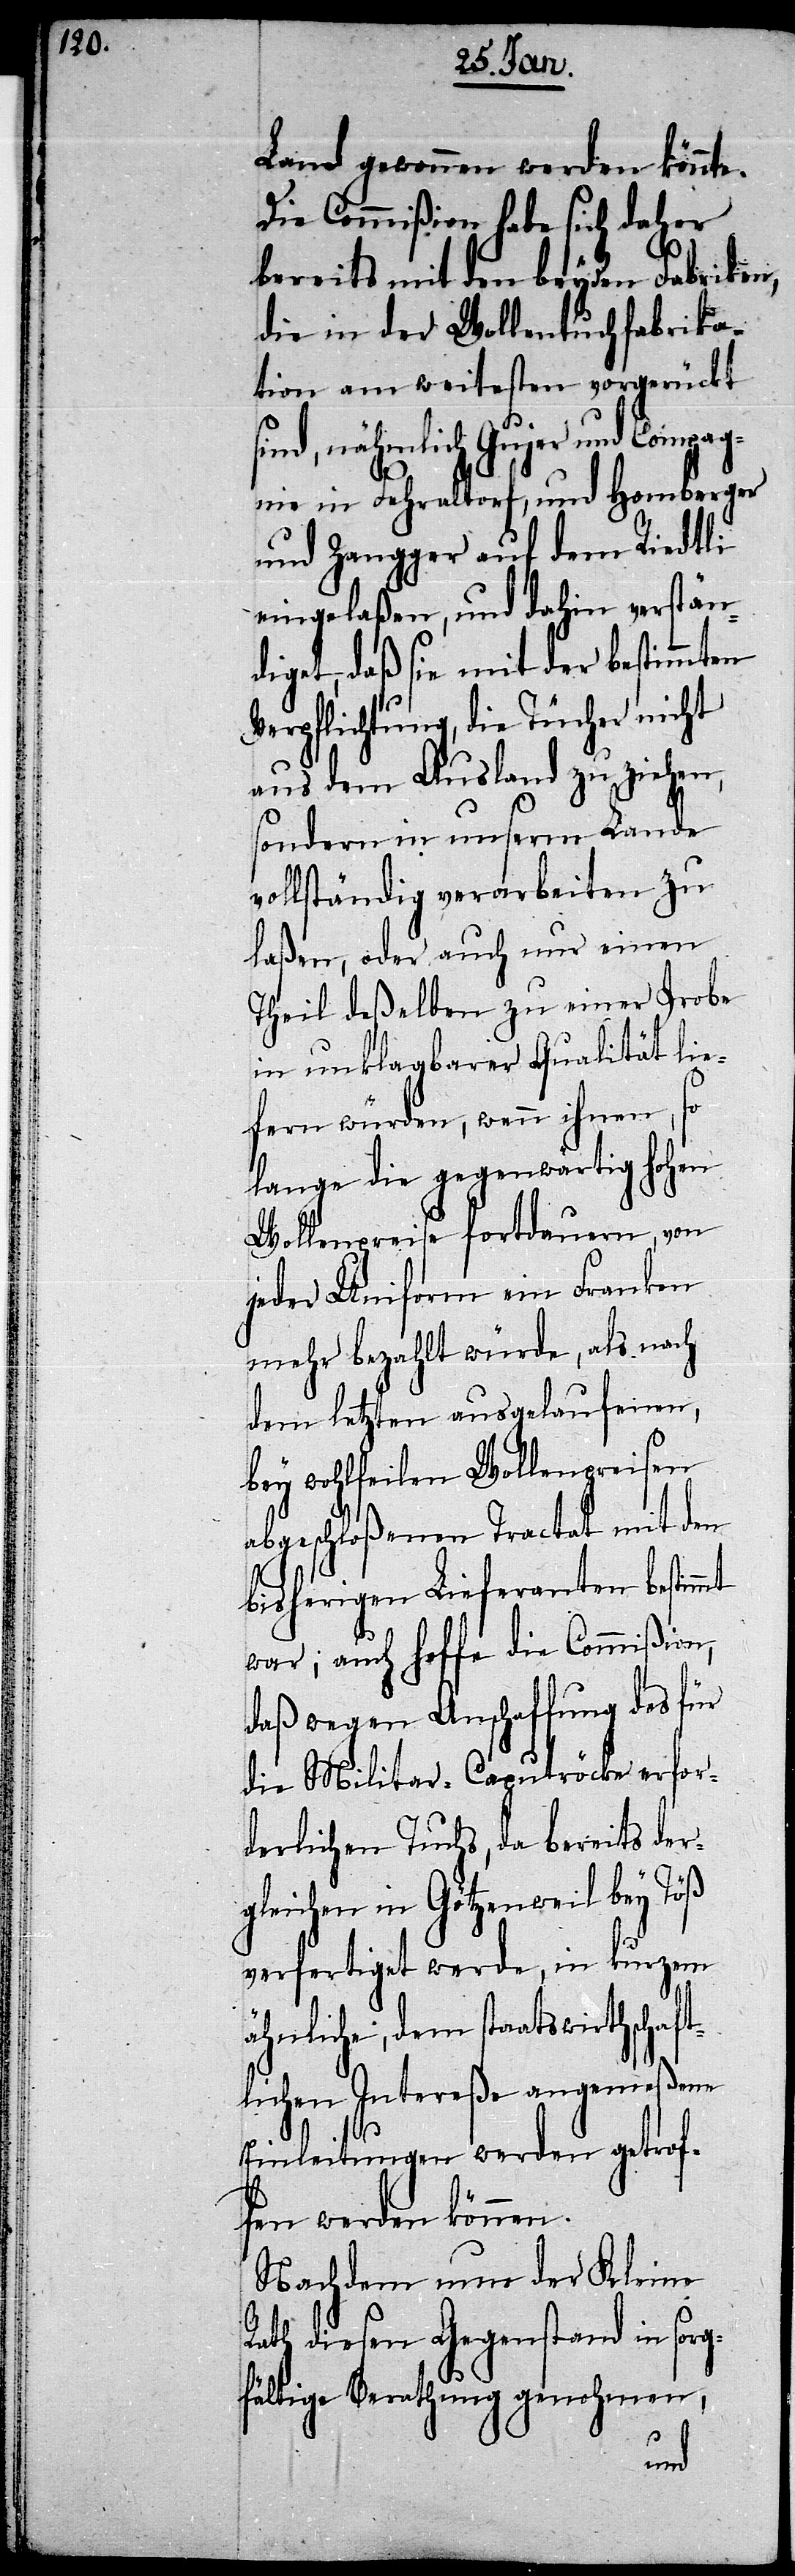
Land gewonnen werden könnte.
Die Commißion habe sich daher
bereits mit den beyden Fabriken,
die in der Wollentuchfabrika¬
tion am weitesten vorgerückt
sind, nähmlich Gujer und Compag¬
nie in Fehraltorf, und Homberger
und Zangger auf dem Riedtli
eingelaßen, und dahin verstän¬
diget, daß sie mit der bestimmten
Verpflichtung, die Tücher nicht
aus dem Ausland zu ziehen,
sondern in unserm Lande
vollständig verarbeiten zu
laßen, oder auch nur einen
Theil deßelben zu einer Probe
in unklagbarer Qualität lie¬
fern würden, wenn ihnen, so
lange die gegenwärtig hohen
Wollenpreise fortdauern, von
jeder Uniform ein Franken
mehr bezahlt würde, als nach
dem letzten ausgelaufenen,
bey wohlfeilen Wollenpreisen
abgeschloßenen Tractat mit den
bisherigen Lieferanten bestim¬
war; auch hoffe die Commißion,
daß wegen Anschaffung des für
die Militar-Caputröcke erfor¬
derlichen Tuchs, da bereits der¬
gleichen in Götzenweil bey Töß
verfertiget werde, in kurzem
ähnliche, dem staatswirthschaft¬
lichen Intereße angemeßene
Einleitungen werden getrof¬
fen werden können.
Nachdem nun der Kleine
Rath diesen Gegenstand in sorg¬
fältige Berathung genohmen,
mt